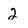
Character: 2